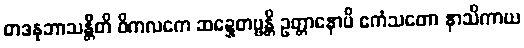
တဒနုဘာသန္တီတိ ဝိကလကေ ဆဍ္ဍေတဗ္ဗန္တိ ဥတ္တာနောပိ ဧကံသတော နာသိကာယ